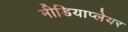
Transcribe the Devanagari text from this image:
मीडियाप्लेयर